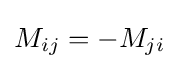
M_{ij}=-M_{ji}